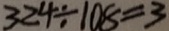
3 2 4 \div 1 0 8 = 3